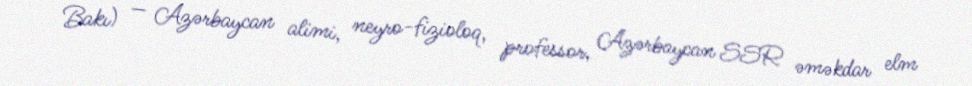
Bakı) — Azərbaycan alimi, neyro-fizioloq, professor, Azərbaycan SSR əməkdar elm